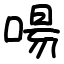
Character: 啺